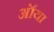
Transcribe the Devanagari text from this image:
ऑया